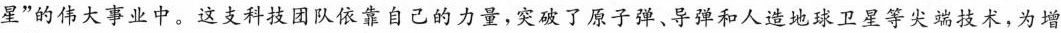
星”的伟大事业中。这支科技团队依靠自己的力量，突破了原子弹、导弹和人造地球卫星等尖端技术，为增